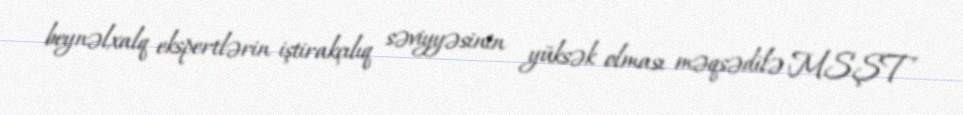
beynəlxalq ekspertlərin iştirakçılıq səviyyəsinin yüksək olması məqsədilə MSŞT